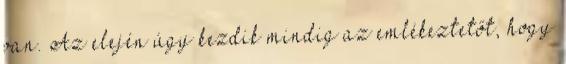
van. Az elején úgy kezdik mindig az emlékeztetőt, hogy